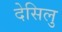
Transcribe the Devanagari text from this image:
देसिलु